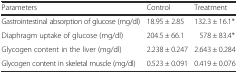
<table><thead><tr><td><b>Parameters</b></td><td><b>Control</b></td><td><b>Treatment</b></td></tr></thead><tbody><tr><td>Gastrointestinal absorption of glucose (mg/dl)</td><td>18.95 ± 2.85</td><td>132.3 ± 16.1*</td></tr><tr><td>Diaphragm uptake of glucose (mg/dl)</td><td>204.5 ± 66.1</td><td>578 ± 83.4*</td></tr><tr><td>Glycogen content in the liver (mg/dl)</td><td>2.238 ± 0.247</td><td>2.643 ± 0.284</td></tr><tr><td>Glycogen content in skeletal muscle (mg/dl)</td><td>0.523 ± 0.091</td><td>0.419 ± 0.076</td></tr></tbody></table>